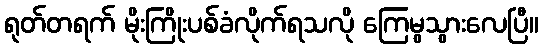
ရုတ်တရက် မိုးကြိုးပစ်ခံလိုက်ရသလို ကြေမွသွားလေပြီ။